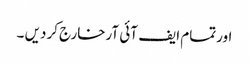
اورتمام ایف آئی آرخارج کردیں ۔